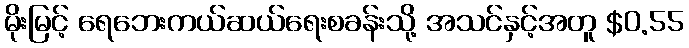
မိုးမြင့် ရေဘေးကယ်ဆယ်ရေးစခန်းသို့ အသင်နှင့်အတူ $0.55